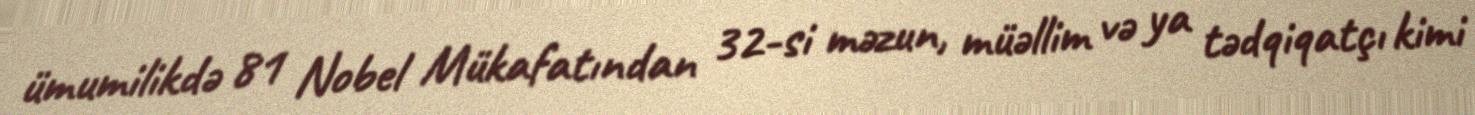
ümumilikdə 81 Nobel Mükafatından 32-si məzun, müəllim və ya tədqiqatçı kimi